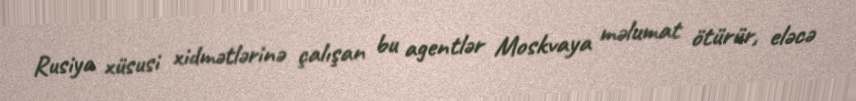
Rusiya xüsusi xidmətlərinə çalışan bu agentlər Moskvaya məlumat ötürür, eləcə